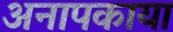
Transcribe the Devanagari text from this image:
अनापकाया